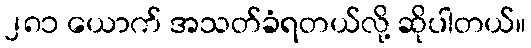
၂၈၁ ယောက် အသတ်ခံရတယ်လို့ ဆိုပါတယ်။